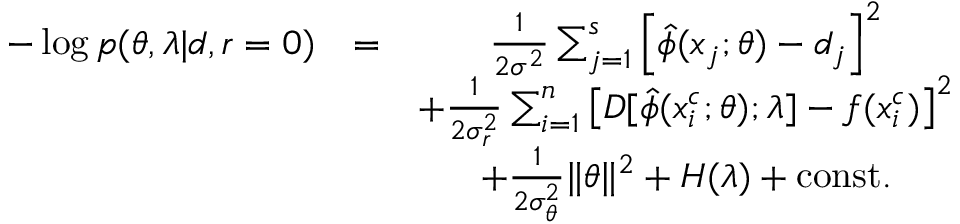
\begin{array} { c c c } { - \log p ( \theta , \lambda | d , r = 0 ) } & { = } & { \frac { 1 } { 2 \sigma ^ { 2 } } \sum _ { j = 1 } ^ { s } \left[ \hat { \phi } ( x _ { j } ; \theta ) - d _ { j } \right] ^ { 2 } } \\ & & { + \frac { 1 } { 2 \sigma _ { r } ^ { 2 } } \sum _ { i = 1 } ^ { n } \left[ D [ \hat { \phi } ( x _ { i } ^ { c } ; \theta ) ; \lambda ] - f ( x _ { i } ^ { c } ) \right] ^ { 2 } } \\ & & { + \frac { 1 } { 2 \sigma _ { \theta } ^ { 2 } } \lVert \theta \rVert ^ { 2 } + H ( \lambda ) + \mathrm { c o n s t . } } \end{array}